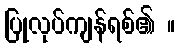
ပြုလုပ်ကျန်ရစ်၏ ။